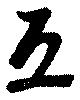
互